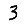
Digit: 3